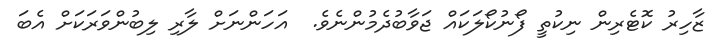
ޒާހިރު ކޮޓެރިން ނިކުތީ ފޯނުކޯލަކައް ޖަވާބުދެމުންނެވެ.  އަހަންނަށް ލާރި ލިބުންވަރަކަށް އެބަ